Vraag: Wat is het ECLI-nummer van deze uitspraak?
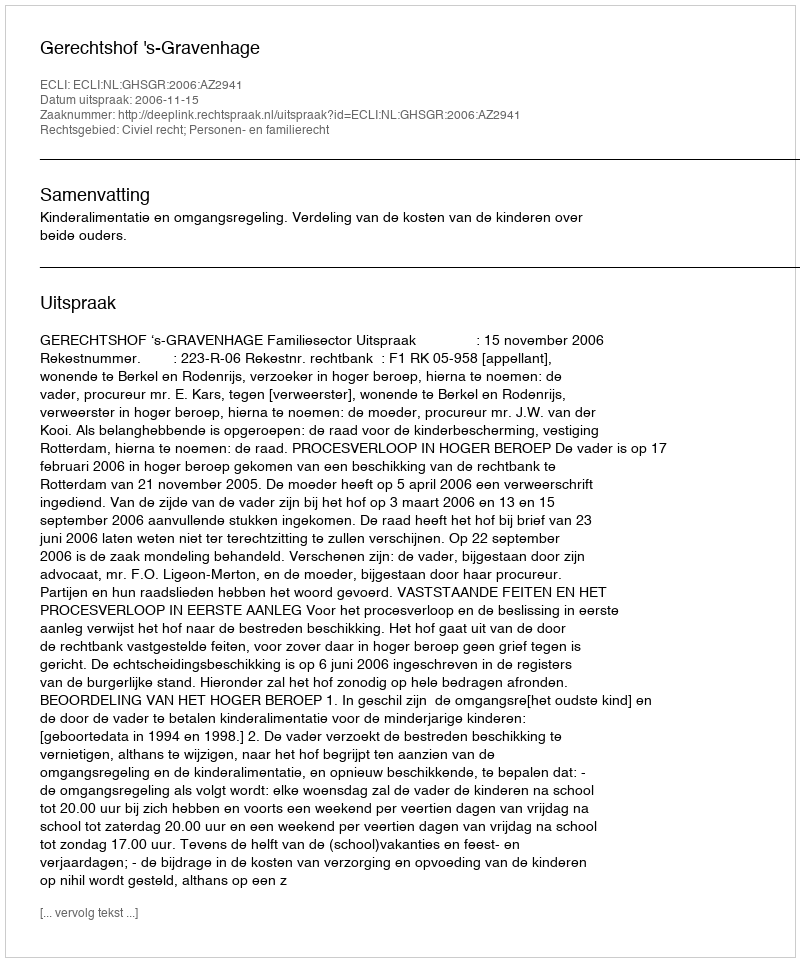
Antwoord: ECLI:NL:GHSGR:2006:AZ2941